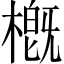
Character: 槪